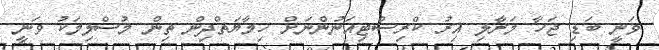
ވަނީ ބަޑި ޖަހާ މަރާލި އިރު ކްރިސްޓިއަނުންނަށް ހިމާޔަތްދިން ތިން މުސްލިމަކު ވަނީ